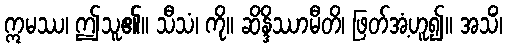
ဣမဿ၊ ဤသူ၏။ သီသံ၊ ကို။ ဆိန္ဒိဿာမီတိ၊ ဖြတ်အံ့ဟူ၍။ အသိံ၊